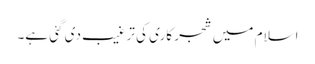
اسلام میں شجر کاری کی ترغیب دی گئی ہے۔